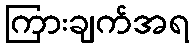
ကြားချက်အရ